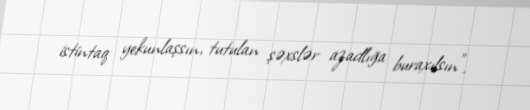
istintaq yekunlaşsın, tutulan şəxslər azadlığa buraxılsın”.